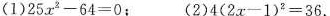
(1)$$2 5 x^{ 2 } - 6 4 = 0$$；(2)$$4 ( 2 x - 1 ) x ^ { 2 } = 3 6$$.